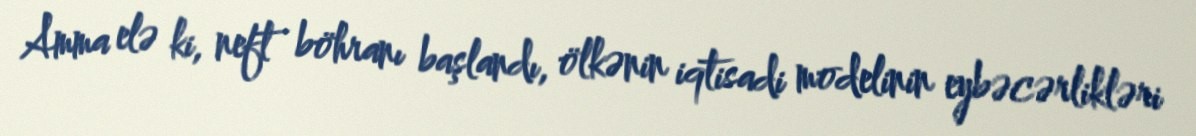
Amma elə ki, neft böhranı başlandı, ölkənin iqtisadi modelinin eybəcərlikləri